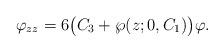
LaTeX: \begin{align*}\varphi_{zz}=6\big(C_3+\wp(z;0,C_1)\big)\varphi.\end{align*}